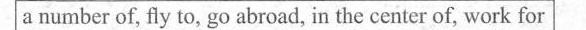
a number of, fly to, go abroad, in the center of, work for